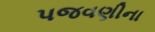
પજવણીના